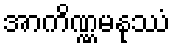
အာကိဏ္ဏမနုဿံ